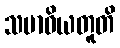
သမာဓိယတူတိ